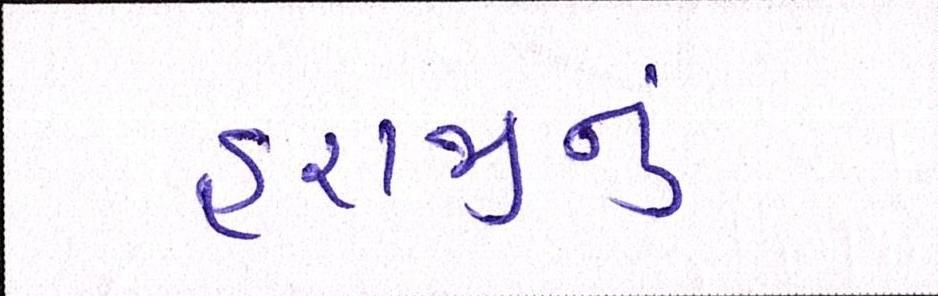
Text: હરાજીનું